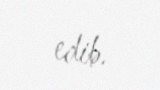
edib.